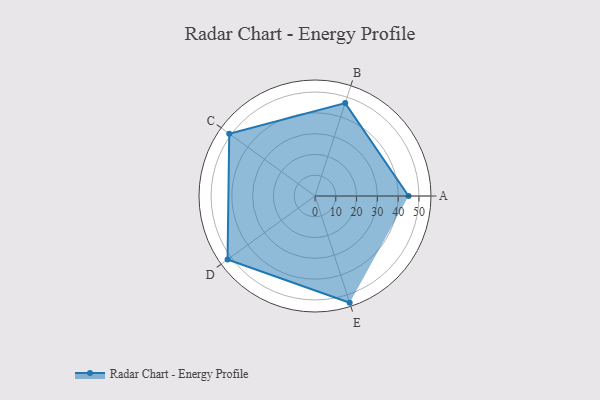
{"axis": {"x": "Skill", "y": "Score"}, "legend": ["Profile"], "data": [{"x": "A", "y": 45.0, "type": "Profile"}, {"x": "B", "y": 47.0, "type": "Profile"}, {"x": "C", "y": 51.0, "type": "Profile"}, {"x": "D", "y": 52.0, "type": "Profile"}, {"x": "E", "y": 54.0, "type": "Profile"}]}